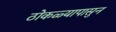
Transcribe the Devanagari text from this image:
ठोकळ्यापासुन